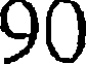
90